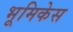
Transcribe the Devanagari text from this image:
भूमिकेस